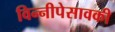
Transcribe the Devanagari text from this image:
विन्नीपेसावकी